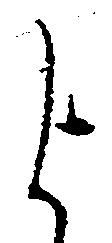
よ